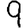
Digit: 9